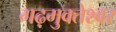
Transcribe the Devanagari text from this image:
गढ़मुक्‍तेश्‍वर